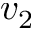
v _ { 2 }